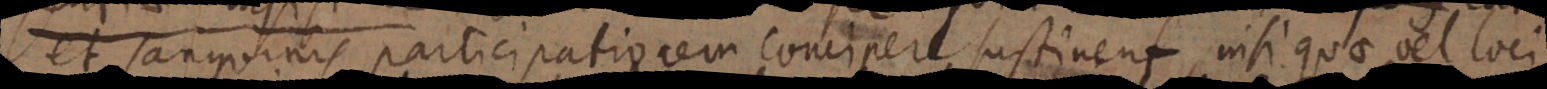
anguinis participationem concipere sustinent, nisi quae vel loci